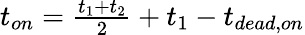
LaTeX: \begin{array}{r}{t_{on}=\frac{t_{1}+t_{2}}{2}+t_{1}-t_{dead,on}}\end{array}